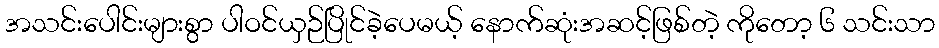
အသင်းပေါင်းများစွာ ပါဝင်ယှဉ်ပြိုင်ခဲ့ပေမယ့် နောက်ဆုံးအဆင့်ဖြစ်တဲ့ ကိုတော့ ၆ သင်းသာ